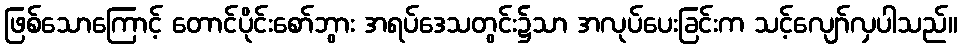
ဖြစ်သောကြောင့် တောင်ပိုင်းစော်ဘွား အရပ်ဒေသတွင်း၌သာ အလုပ်ပေးခြင်းက သင့်လျော်လှပါသည်။